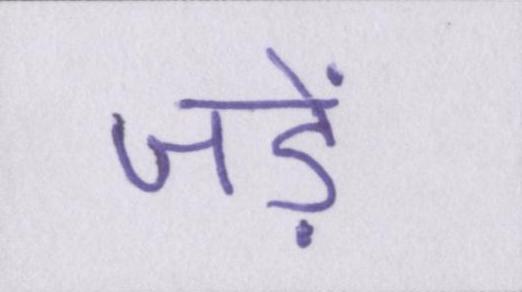
जड़ें